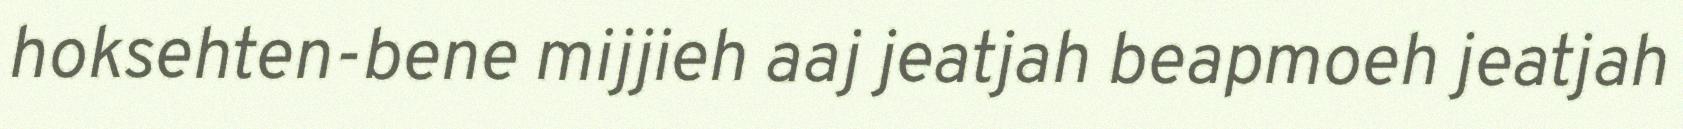
hoksehten-bene mijjieh aaj jeatjah beapmoeh jeatjah